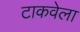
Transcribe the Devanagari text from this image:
टाकवेला